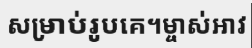
សម្រាប់រូបគេ។ម្ចាស់អាវ